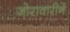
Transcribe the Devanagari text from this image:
जोरावारीनें